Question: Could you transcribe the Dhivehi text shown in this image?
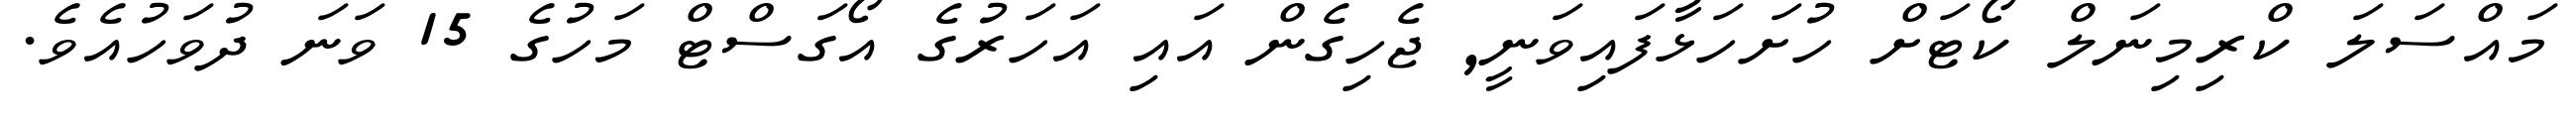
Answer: މައްސަލަ ކްރިމިނަލް ކޯޓަށް ހުށަހަޅާފައިވަނީ, ޖެހިގެން އައި އަހަރުގެ އޯގަސްޓް މަހުގެ 15 ވަނަ ދުވަހުއެވެ.